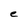
Character: e